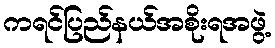
ကရင်ပြည်နယ်အစိုးရအဖွဲ့